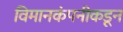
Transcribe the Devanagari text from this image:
विमानकंपनीकडून